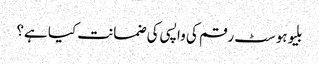
بلیوہوسٹ رقم کی واپسی کی ضمانت کیا ہے؟